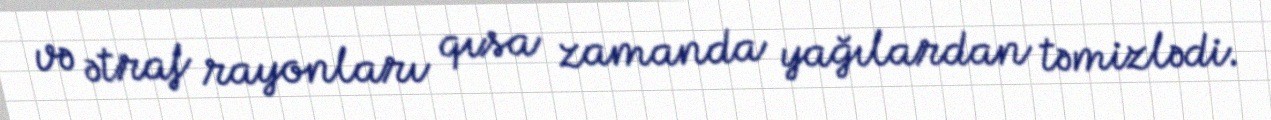
və ətraf rayonları qısa zamanda yağılardan təmizlədi.